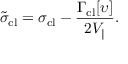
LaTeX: \tilde { \sigma } _ { \mathrm { c l } } = \sigma _ { \mathrm { c l } } - \frac { \Gamma _ { \mathrm { c l } } [ \upsilon ] } { 2 V _ { \| } } .